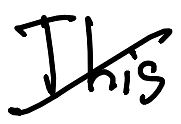
Text: This
Cross-out: diagonal
Writing tool: digital_black